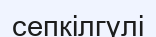
сепкілгүлі